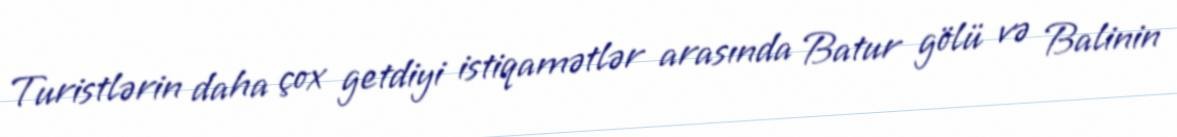
Turistlərin daha çox getdiyi istiqamətlər arasında Batur gölü və Balinin